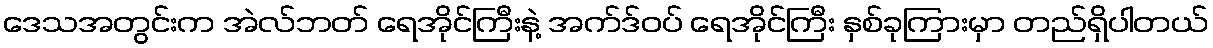
ဒေသအတွင်းက အဲလ်ဘတ် ရေအိုင်ကြီးနဲ့ အက်ဒ်ဝပ် ရေအိုင်ကြီး နှစ်ခုကြားမှာ တည်ရှိပါတယ်